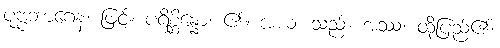
ပုဗ္ဗဘာဂေန၊ ဖြင့်။ ပရိစ္ဆိန္နော၊ ၏။ အယံ၊ သည်။ အဿ၊ ထိုပြည်၏။